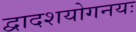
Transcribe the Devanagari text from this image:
द्वादशयोगनयः